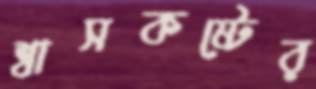
শ্বাসকষ্টের